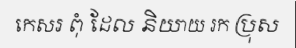
កេសរ ពុំ ដែល និយាយ រក ប្រុស